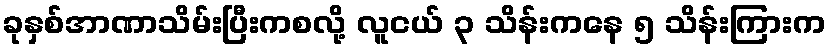
ခုနှစ်အာဏာသိမ်းပြီးကစလို့ လူငယ် ၃ သိန်းကနေ ၅ သိန်းကြားက